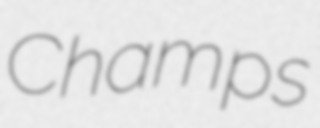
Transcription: Champs